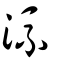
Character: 流